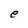
Character: e